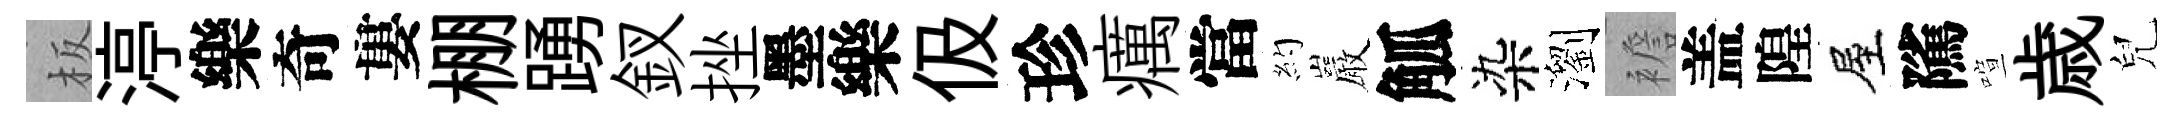
板渟樂奇婁棚踴釵挫墨樂伋珍癘當約巖觚染瀏襜盖隍屋隲喧歳兒